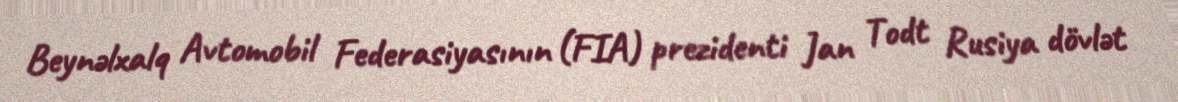
Beynəlxalq Avtomobil Federasiyasının (FIA) prezidenti Jan Todt Rusiya dövlət